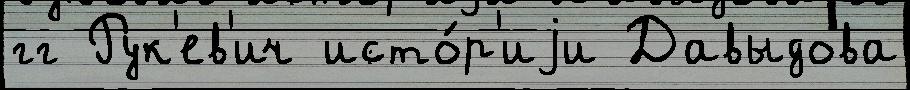
гг Рук'ев'ич исто́р'иjи Давыдова